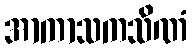
အာကာသကသိဏံ